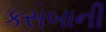
કસબાની